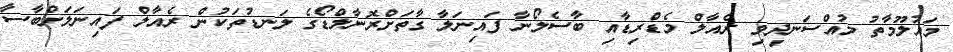
މައުލޫމާތު މުއްސަނދިވި ރެއާލް މެޑްރިޑާއި ބާސެލޯނާ ފައިނަލާ ގާތަށްރޮނާލްޑޯގެ ލަނޑުތަކުން ރެއާލް ފައިނަލަށްބާސާ